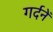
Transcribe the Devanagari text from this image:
गर्दनें